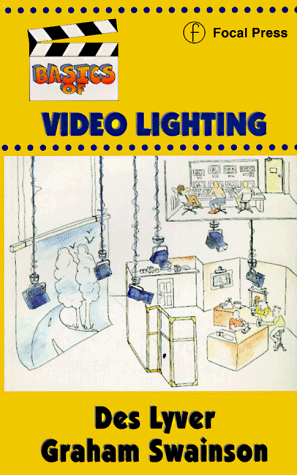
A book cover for Basics of Video Lighting; Des Lyver; Humor & Entertainment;